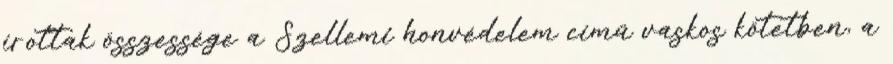
írottak összessége a Szellemi honvédelem című vaskos kötetben, a